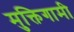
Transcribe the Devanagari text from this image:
मुक्तिगामी